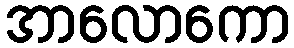
အာလောကော